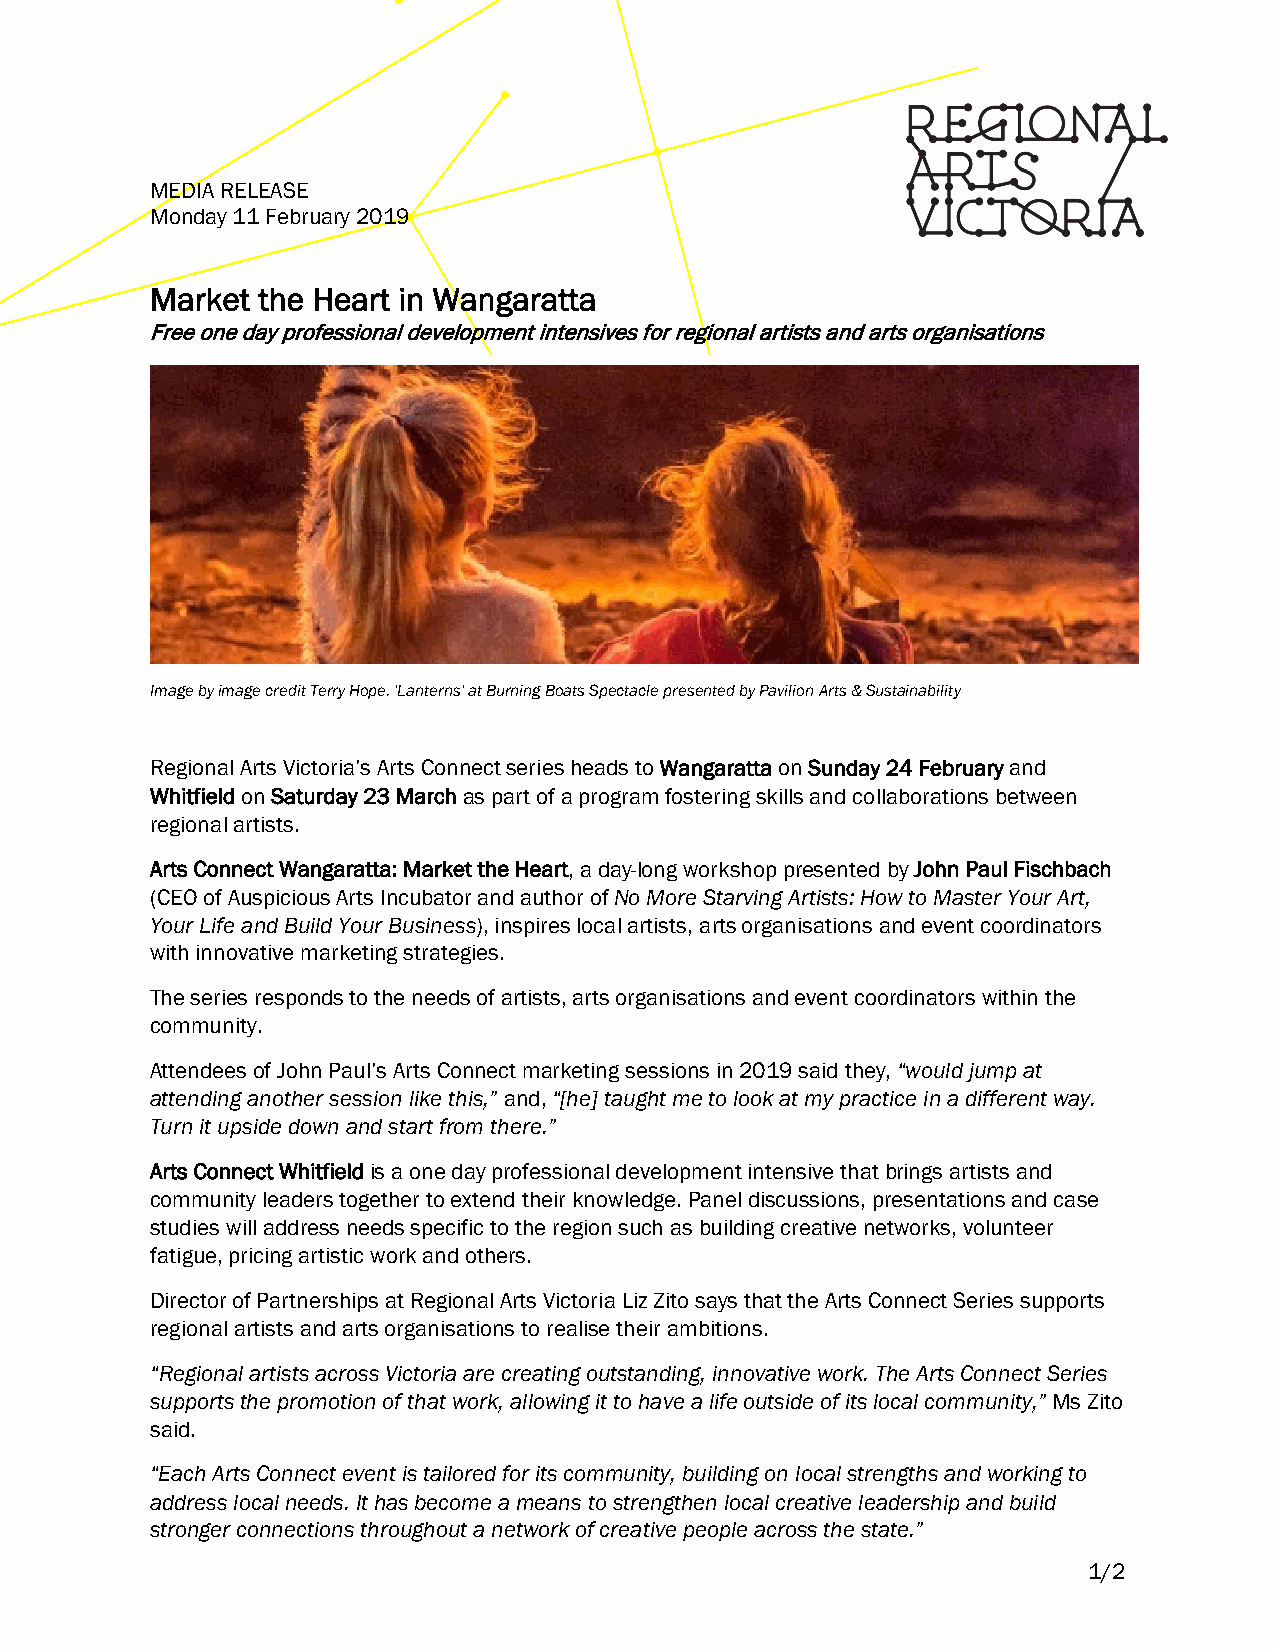
MEDIA RELEASE
 Monday 11 February 2019
 Market the Heart in Wangaratta
 Free one day professional development intensives for regional artists and arts organisations
 Image by image credit Terry Hope. 'Lanterns' at Burning Boats Spectacle presented by Pavilion Arts & Sustainability
 Regional Arts Victoria’s Arts Connect series heads to Wangaratta on Sunday 24 February and
 Whitfield on Saturday 23 March as part of a program fostering skills and collaborations between
 regional artists.
 Arts Connect Wangaratta: Market the Heart, a day-long workshop presented by John Paul Fischbach
 (CEO of Auspicious Arts Incubator and author of No More Starving Artists: How to Master Your Art,
 Your Life and Build Your Business), inspires local artists, arts organisations and event coordinators
 with innovative marketing strategies.
 The series responds to the needs of artists, arts organisations and event coordinators within the
 community.
 Attendees of John Paul’s Arts Connect marketing sessions in 2019 said they, “would jump at
 attending another session like this,” and, “[he] taught me to look at my practice in a different way.
 Turn it upside down and start from there.”
 Arts Connect Whitfield is a one day professional development intensive that brings artists and
 community leaders together to extend their knowledge. Panel discussions, presentations and case
 studies will address needs specific to the region such as building creative networks, volunteer
 fatigue, pricing artistic work and others.
 Director of Partnerships at Regional Arts Victoria Liz Zito says that the Arts Connect Series supports
 regional artists and arts organisations to realise their ambitions.
 “Regional artists across Victoria are creating outstanding, innovative work. The Arts Connect Series
 supports the promotion of that work, allowing it to have a life outside of its local community,” Ms Zito
 said.
 “Each Arts Connect event is tailored for its community, building on local strengths and working to
 address local needs. It has become a means to strengthen local creative leadership and build
 stronger connections throughout a network of creative people across the state.”
 1/2